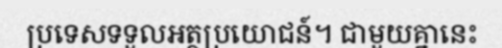
ប្រទេសទទួលអត្ថប្រយោជន៍។ ជាមួយគ្នានេះ